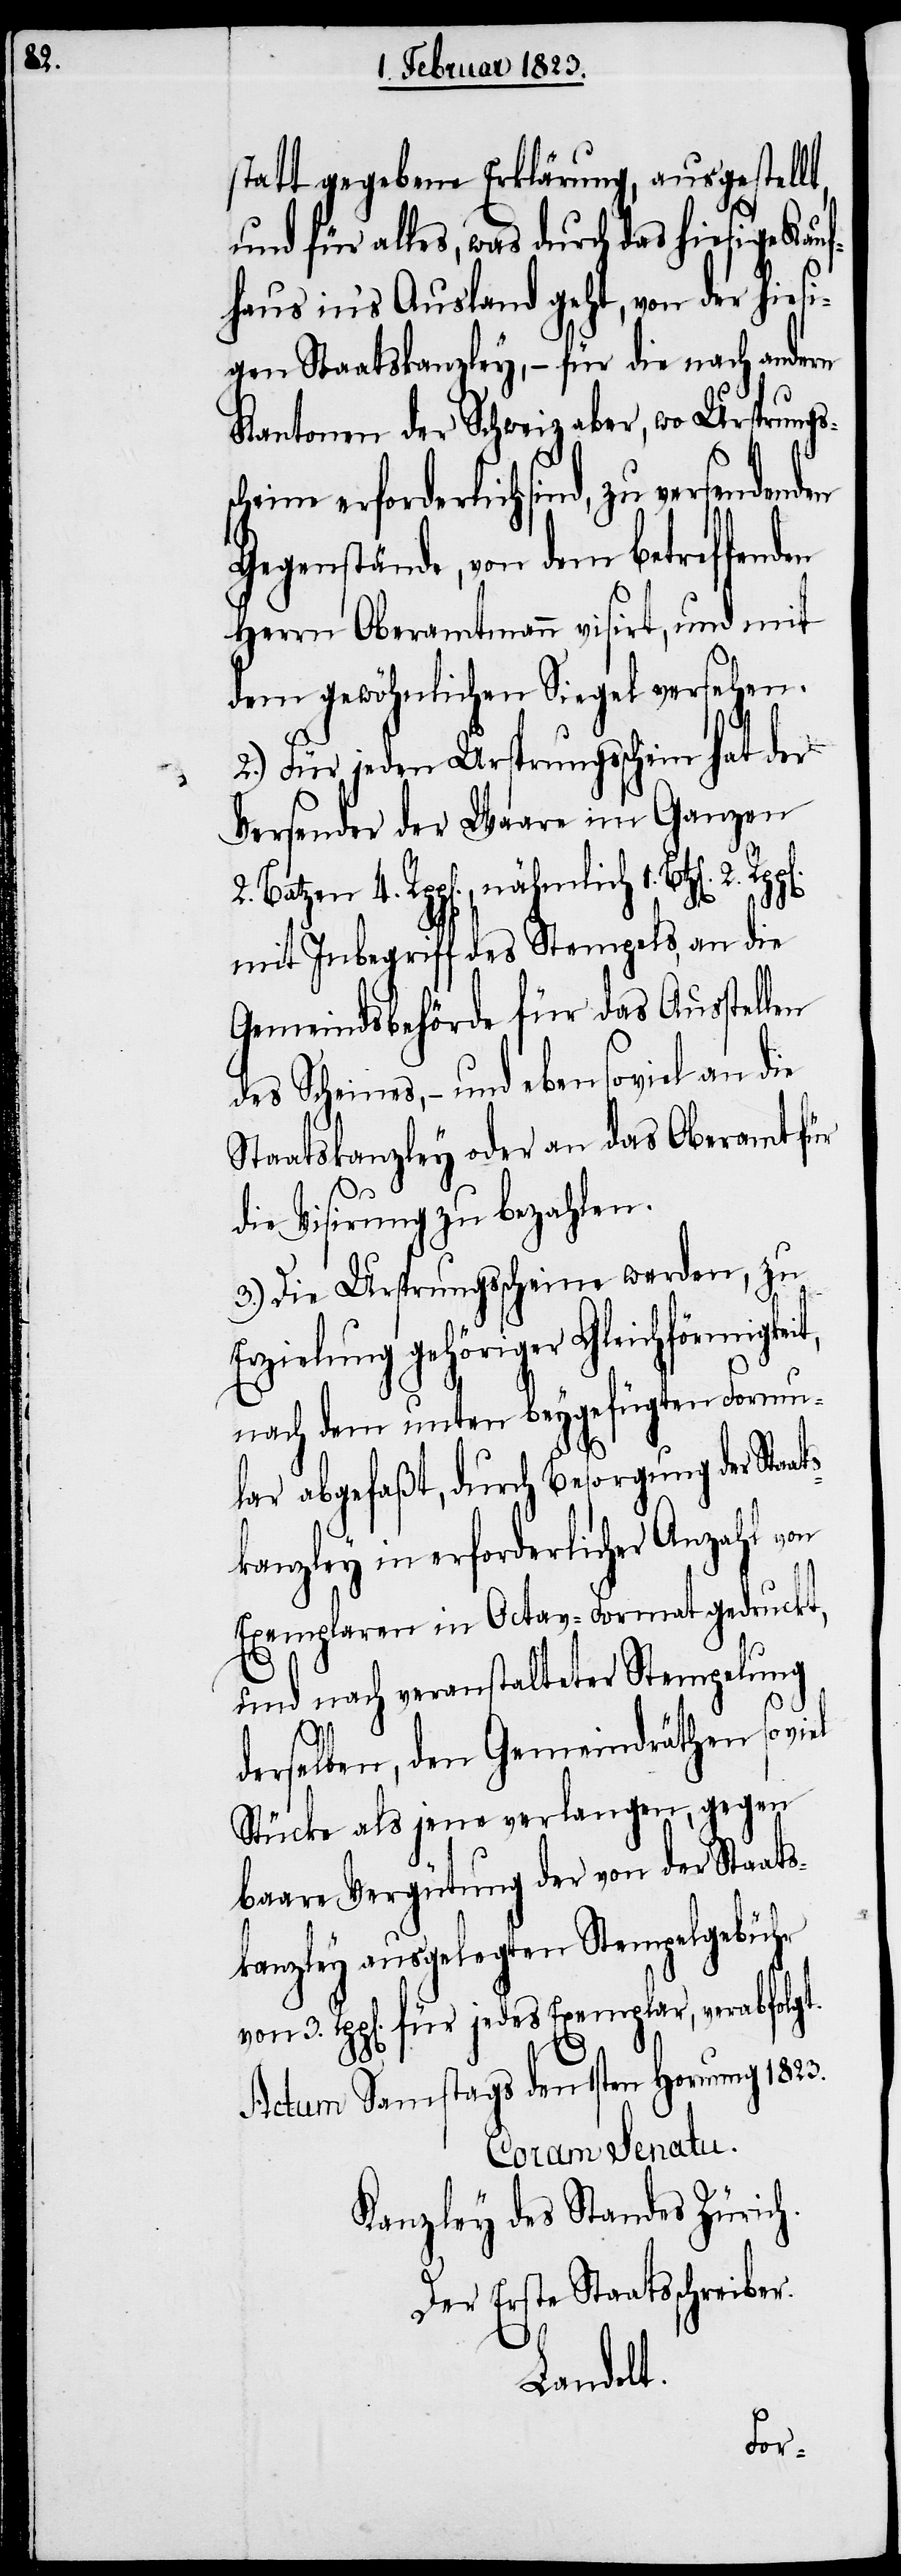
2.

statt gegebene Erklärung, ausgestell¬
und für alles, was durch das hiesige Kauf¬
haus in’s Ausland geht, von der hiesi¬
gen Staatskanzley, – für die nach andern
Kantonen der Schweiz aber, wo Ursprung¬
ne erforderlich sind, zu versendenden
Gegenstände, von dem betreffenden
Herrn Oberamtmann visirt, und mit
dem gewöhnlichen Siegel versehen.
2.) Für jeden Ursprungsschein hat der
Versender der Waare im Ganzen
mit Inbegriff des Stempels, an die
Gemeindsbehörde für das Ausstell¬
des Scheines, – und ebensoviel an die
Staatskanzley ober an das Oberamt für
ats¬
die Visirung zu bezahlen.
3.) Die Ursprungsscheine werden, zu
Erzielung gehöriger Gleichförmigke¬
nach dem unten beygefügten Formu¬
lar abgefaßt, durch Besorgung der Sta¬
kanzley in erforderlicher Anzahl von
Exemplaren in Octav-Format gedruckt,
und nach veranstalteter Stempelung
it,
derselben, den Gemeindräthen so
Stücke als jene verlangen, gegen
baare Vergütung der von der Staats¬
kanzley ausgelegten Stempelgebühr
von 3. Rpp[en]. für jedes Exemplar, verabfolgt.
en
Actum Samstags den 1sten Hornung 1823.
Coram Senatu.
Kanzley des Standes Zürich.
Der Erste Staatsschreiber.
Landolt.